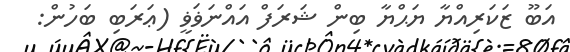
އަބޫ ޒަކަރިއްޔާ ޔަޙްޔާ ބިން ޝަރަފް އައްނަޥަޥީ (ޢަރަބި ބަހުން: